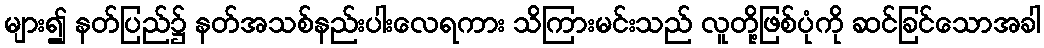
များ၍ နတ်ပြည်၌ နတ်အသစ်နည်းပါးလေရကား သိကြားမင်းသည် လူတို့ဖြစ်ပုံကို ဆင်ခြင်သောအခါ